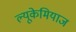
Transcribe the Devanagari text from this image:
ल्यूकेमियाज